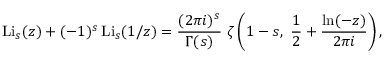
\operatorname { L i } _ { s } ( z ) + ( - 1 ) ^ { s } \operatorname { L i } _ { s } ( 1 / z ) = { \frac { ( 2 \pi i ) ^ { s } } { \Gamma ( s ) } } ~ \zeta \left( 1 - s , ~ { \frac { 1 } { 2 } } + { \frac { \ln ( - z ) } { 2 \pi i } } \right) ,